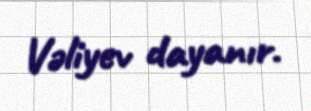
Vəliyev dayanır.